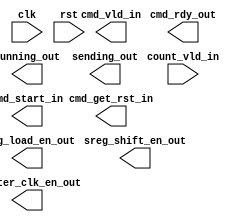
module peak_counter_controller(
  // Global Inputs
  clk,
  rst,
  // Datapath Inputs
  count_vld_in,
  
  // Datapath Outputs
  sreg_load_en_out,
  sreg_shift_en_out,
  counter_clk_en_out,
  
  // Application Inputs
  cmd_vld_in,
  cmd_get_rst_in,
  cmd_start_in,
  // Application Outputs
  cmd_rdy_out,
  running_out,
  sending_out
  );
  
// Module Parameter Declarations
parameter CNTR_DEPTH = 24; // Number of counters
localparam CNTR_DEPTH_BLEN = clog2(CNTR_DEPTH); // Minimum number of bits needed to represent CNTR_DEPTH number

// PORT DECLARATIONS
  // Global Inputs
input clk;
input rst;
  // Datapath Inputs
input count_vld_in;
  // Datapath Outputs
output  sreg_load_en_out;
output  sreg_shift_en_out;
output  counter_clk_en_out;
  // Application Inputs
output cmd_vld_in;
output cmd_get_rst_in;
output cmd_start_in;
  // Application Outputs
output  cmd_rdy_out;  
output  running_out;
output  sending_out;
// PORT DECLARATIONS END


// Variable Declarations
// Word is used to represent collection of CNTR_WIDTH number of bits.
// The amount of words need to be passed to count_out in datapath is determined by the 
// CNTR_DEPTH parameter as it refers to the total number of counters used.
reg [CNTR_DEPTH_BLEN-1:0] word_counter;
reg sending_out_reg;
reg running_out_reg;
reg sreg_load_en_out_reg;
reg sreg_shift_en_out_reg;
reg counter_clk_en_out_reg;


//// @TODO: DON'T DO THIS LIKE THIS, WRITE A MOORE MACHINE INSTEAD OF MEALY
// Sequential Block for Counter Start-Stop Command
always@(posedge clk)
begin
  if(rst)
  begin
    counter_clk_en_out_reg <= 1'b1;
  end
  else if(cmd_vld_in)
  begin
    if(cmd_start_in)
      counter_clk_en_out_reg <= 1'b1;
    else
      counter_clk_en_out_reg <= 1'b0;
  end
end

// Sequential Block for getReset Command




////////////////////////////////
// ceil(log2(x)) Function  ////
function integer clog2;
  input integer value;
  begin
    value = value-1;
    for (clog2=0; value>0; clog2=clog2+1)
      value = value>>1;
  end
endfunction
/////////////////////////////////
/////////////////////////////////

endmodule